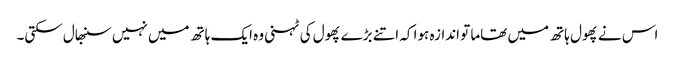
اس نے پھول ہاتھ میں تھاما تو اندازہ ہوا کہ اتنے بڑے پھول کی ٹہنی وہ ایک ہاتھ میں نہیں سنبھال سکتی۔